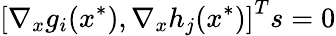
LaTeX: \left[\nabla_{x}g_{i}(x^{*}),\nabla_{x}h_{j}(x^{*})\right]^{T}s=0